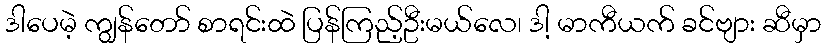
ဒါပေမဲ့ ကျွန်တော် စာရင်းထဲ ပြန်ကြည့်ဦးမယ်လေ၊ ဒါ့ မာကီယက် ခင်ဗျား ဆီမှာ